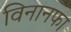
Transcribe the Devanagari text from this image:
विनानफा